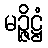
မဉ္ဇိဋ္ဌံ